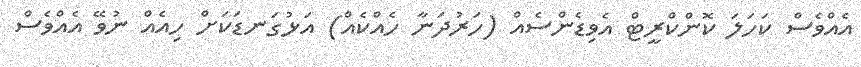
އެއްވެސް ކަހަލަ ކޮންކްރީޓް އެވިޑެންސެއް (ހަރުދަނާ ހެއްކެއް) އަޅުގަނޑަކަށް ހިއެއް ނުވޭ އެއްވެސް